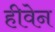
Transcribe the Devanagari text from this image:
हीवेन